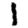
Digit: 1